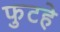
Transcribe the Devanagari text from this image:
फुटहे